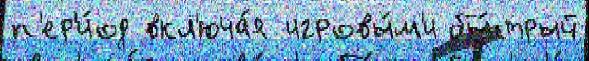
п'ер'и́од вкл'юча́я игровы́м'и бы́стрый